Reports on dispensaries and lunatic asylums in the Province of Oudh - 1869-1876
Year: 1869
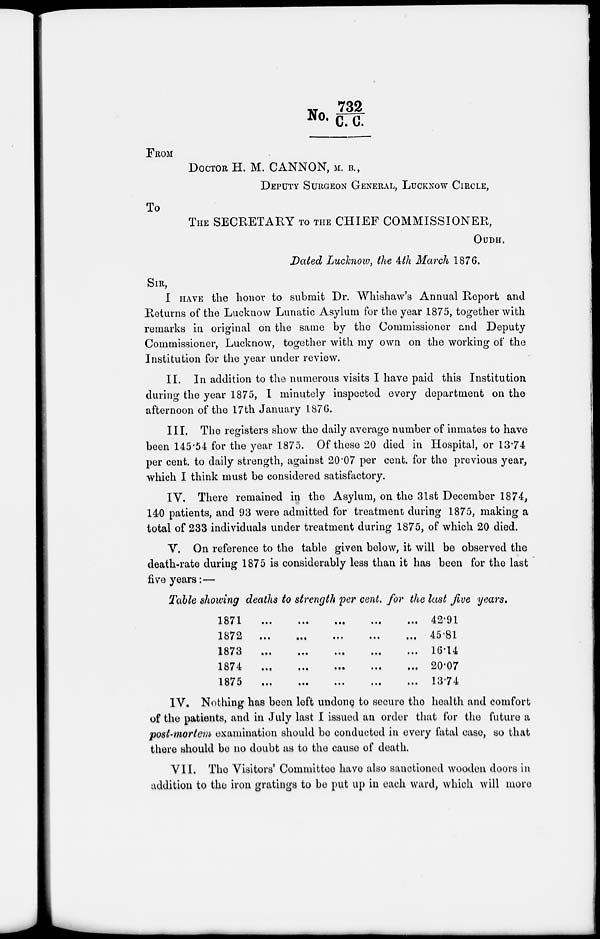
No. 732/C.C.
FROM
DOCTOR H. M. CANNON, M. B.,
DEPUTY SURGEON GENERAL, LUCKNOW CIRCLE,
TO
THE SECRETARY TO THE CHIEF COMMISSIONER,
OUDH.
Dated Lucknow, the 4th March 1876.
SIR,
I HAVE the honor to submit Dr. Whishaw's Annual Report and
Returns of the Lucknow Lunatic Asylum for the year 1875, together with
remarks in original on the same by the Commissioner and Deputy
Commissioner, Lucknow, together with my own on the working of the
Institution for the year under review.
II. In addition to the numerous visits I have paid this Institution
during the year 1875, I minutely inspected every department on the
afternoon of the 17th January 1876.
III. The registers show the daily average number of inmates to have
been 145.54 for the year 1875. Of these 20 died in Hospital, or 13.74
per cent. to daily strength, against 20.07 per cent. for the previous year,
which I think must be considered satisfactory.
IV. There remained in the Asylum, on the 31st December 1874,
140 patients, and 93 were admitted for treatment during 1875, making a
total of 233 individuals under treatment during 1875, of which 20 died.
V. On reference to the table given below, it will be observed the
death-rate during 1875 is considerably less than it has been for the last
five years:—
Table showing deaths to strength per cent. for the last five years.
1871 ... ... ... ... ...
1872 ... ... . ... ...
1873 ... ... ... ... ...
1874 ... ... ... ... ...
1875 ... ... ... ... ...
42.91
45.81
16.14
20.07
13.74
IV. Nothing has been left undone to secure the health and comfort
of the patients, and in July last I issued an order that for the future a
post-mortem examination should be conducted in every fatal case, so that
there should be no doubt as to the cause of death.
VII. The Visitors' Committee have also sanctioned wooden doors in
addition to the iron gratings to be put up in each ward, which will more